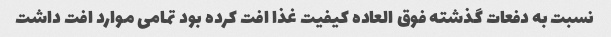
نسبت به دفعات گذشته فوق العاده کیفیت غذا افت کرده بود تمامی موارد افت داشت